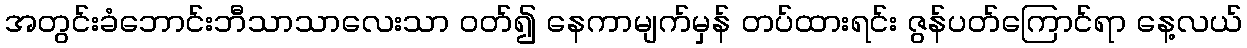
အတွင်းခံဘောင်းဘီသာသာလေးသာ ဝတ်၍ နေကာမျက်မှန် တပ်ထားရင်း ဇွန်ပတ်ကြောင်ရာ နေ့လယ်